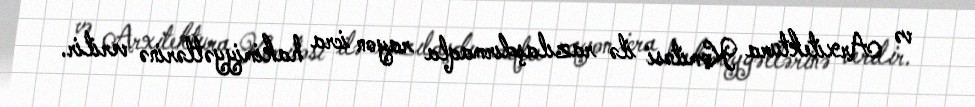
və Arxitektura Komitəsi ilə razılaşdırmaqla rayon icra hakimiyyətlərinə verilir.